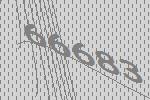
66683